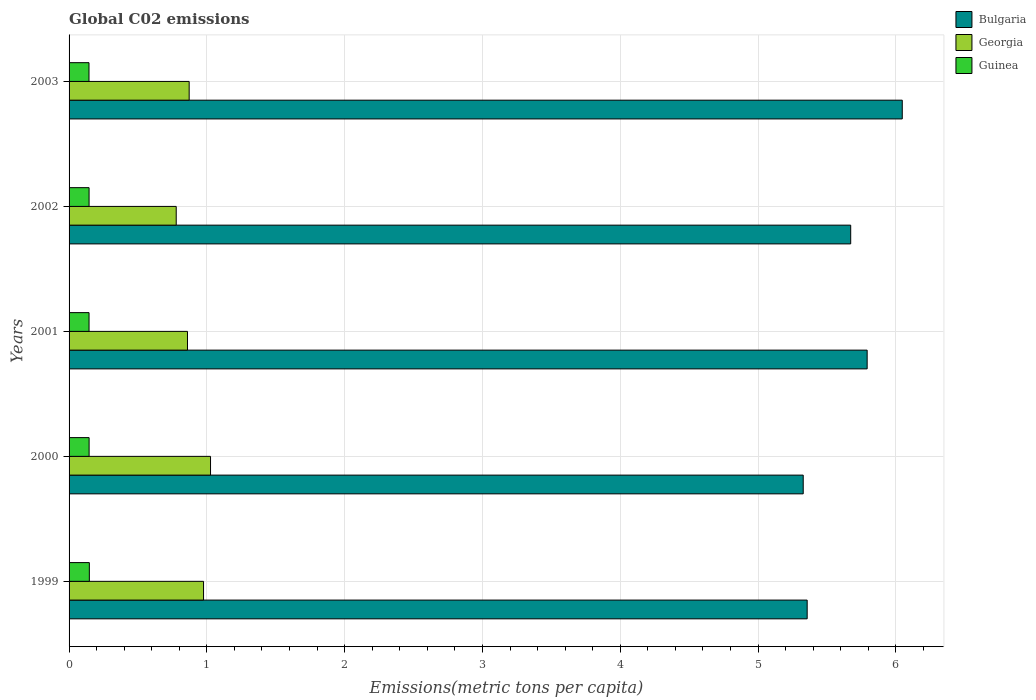
| Years | Bulgaria | Georgia | Guinea |
 | --- | --- | --- | --- |
 | 1999 | 5.36 | 0.976 | 0.147 |
 | 2000 | 5.33 | 1.03 | 0.145 |
 | 2001 | 5.79 | 0.859 | 0.145 |
 | 2002 | 5.67 | 0.778 | 0.145 |
 | 2003 | 6.05 | 0.872 | 0.145 |